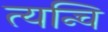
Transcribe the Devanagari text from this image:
त्यन्चि